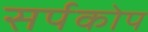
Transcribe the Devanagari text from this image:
सर्पकोप